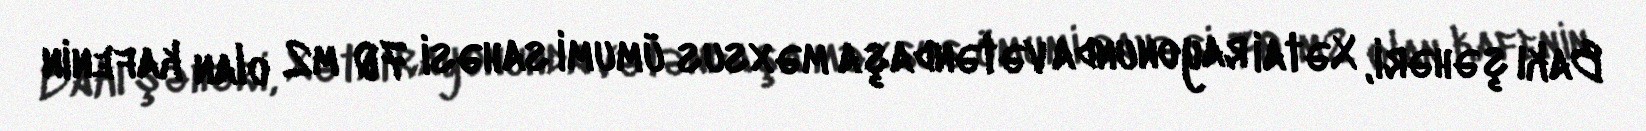
Bakı şəhəri, Xətai rayonunda vətəndaşa məxsus ümumi sahəsi 70 m2 olan kafenin